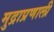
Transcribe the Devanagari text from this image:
मुद्राप्रणाली